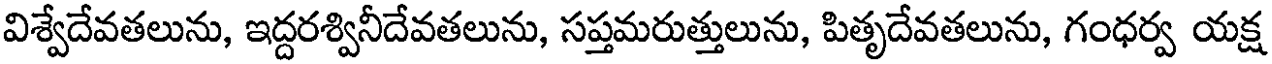
విశ్వేదేవతలును, ఇద్దరశ్వినీదేవతలును, సప్తమరుత్తులును, పితృదేవతలును, గంధర్వ యక్ష